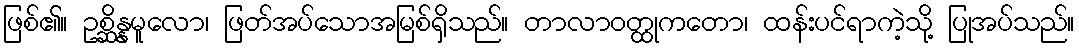
ဖြစ်၏။ ဥစ္ဆိန္နမူလော၊ ဖြတ်အပ်သောအမြစ်ရှိသည်။ တာလာဝတ္ထုကတော၊ ထန်းပင်ရာကဲ့သို့ ပြုအပ်သည်။